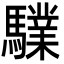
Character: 驜